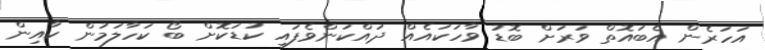
އަހަރެން އެބައޮތް ވަރަށް ބޮޑު ވާހަކައެއް ދައްކަންވެފައި ކުޑަކޮށް ބޯ ކަހާލަމުން ކާއިން